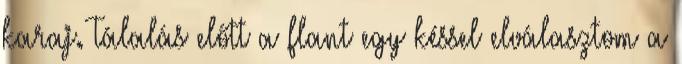
karaj. Tálalás előtt a flant egy késsel elválasztom a